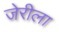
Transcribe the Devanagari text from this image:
जेरीला